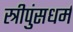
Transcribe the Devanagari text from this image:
स्त्रीपुंसधर्म